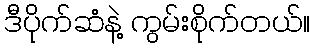
ဒီပိုက်ဆံနဲ့ ကွမ်းစိုက်တယ်။